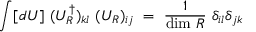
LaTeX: \int [ d U ] ~ ( U _ { R } ^ { \dagger } ) _ { k l } ~ ( U _ { R } ) _ { i j } ~ = ~ \frac { 1 } { \mathrm { d i m } ~ R } ~ \delta _ { i l } \delta _ { j k }